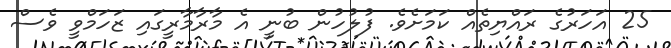
25 އަހަރުގެ ރައްޔިތެެއް ކަމަށެވެ. ފުލުހުން ބުނީ އެ މާރާމާރީގައި ޒަހަމްވީ ވެސް